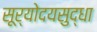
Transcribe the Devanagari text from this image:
सूर्योदयसुद्धा